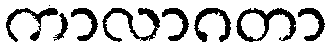
ကာလာဂတာ